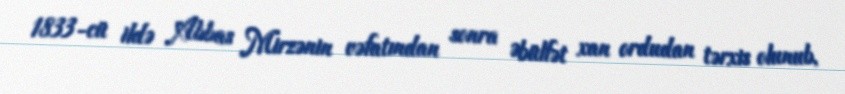
1833-cü ildə Abbas Mirzənin vəfatından sonra Əbülfət xan ordudan tərxis olunub,